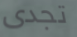
تجدى